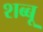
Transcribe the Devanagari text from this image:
शब्बू